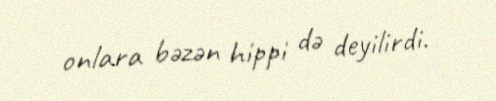
onlara bəzən hippi də deyilirdi.